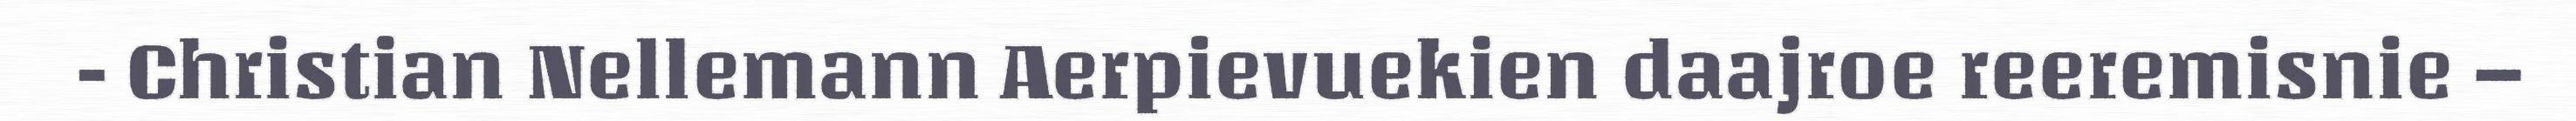
- Christian Nellemann Aerpievuekien daajroe reeremisnie –